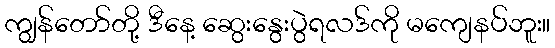
ကျွန်တော်တို့ ဒီနေ့ ဆွေးနွေးပွဲရလဒ်ကို မကျေနပ်ဘူး။